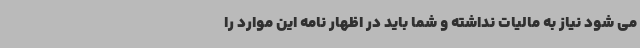
می شود نیاز به مالیات نداشته و شما باید در اظهار نامه این موارد را